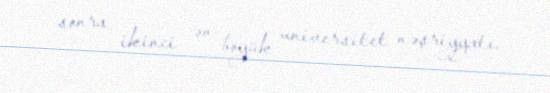
sonra ikinci ən böyük universitet nəşriyyatı.